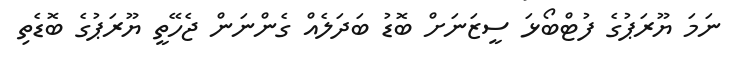
ނަމަ ޔޫރަޕުގެ ފުޓްބޯޅަ ސީޒަނަށް ބޮޑު ބަދަލެއް ގެންނަން ޖެހޭތީ ޔޫރަޕުގެ ބޮޑެތި